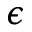
\epsilon